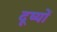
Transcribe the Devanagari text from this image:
दूष्यों